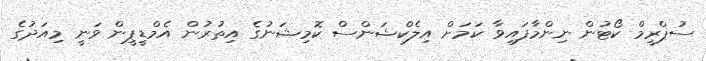
ސުޕްރީމް ކޯޓުން ނިންމާފައިވާ ކަމަށް އިލެކްޝަންސް ކޮމިޝަނުގެ އިތުރުން އެމްޑީޕީން ވަނީ މިއަދުގެ